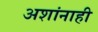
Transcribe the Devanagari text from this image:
अशांनाही